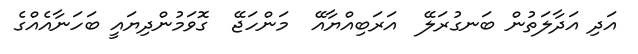
އަދި އަދާލަތުން ބަނގުރަލޭ  އަރަބިއްޔާއޭ  މަންހަޖޭ  ގޮވަމުންދިޔައީ ބަހަނާއެއްގެ